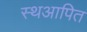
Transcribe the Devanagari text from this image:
स्थआपित